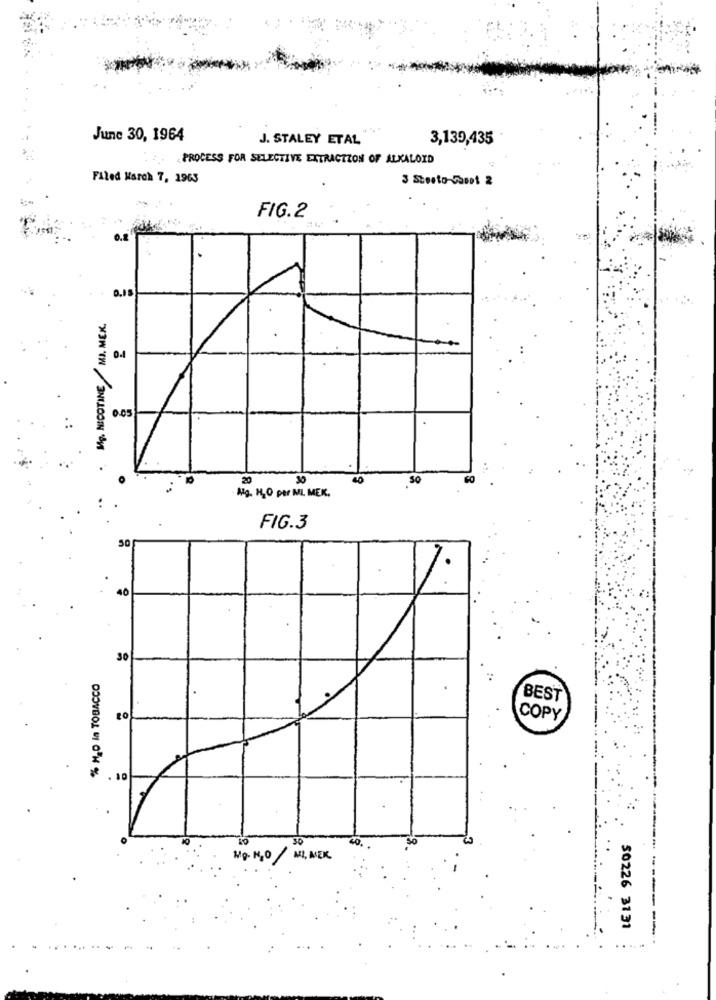
June 30, 1964
J. STALEY ETAL
3,139,435
PROCESS FOR SELECTIVE EXTRACTION OF ALKALOID
Filed March 7, 1963
3 Stesto-Fasot 2
FIG.2
Mg. NICOTINE MJ. MEK.
0.1
0.051
20
30
40
SO
Atg. H2O per MIL MEK.
FIG.3
50
40
30
% H.O In TOBACCO
BEST
COPY
. 10
30
Mg. H2O MI, MEK.
50226 3131
----